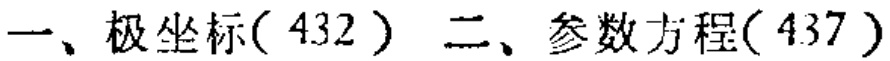
一、极坐标(432) 二、参数方程(437)